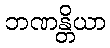
ဘဏန္တိယာ